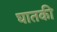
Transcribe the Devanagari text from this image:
घातकी